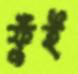
ফুঁই